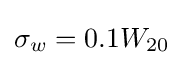
\sigma _{w}=0.1W_{20}